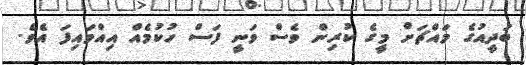
ބަދީއުގެ މައްޗަށް މީގެ ކުރިން ވެސް ވަނީ ފަސް ހުކުމެއް އިއްވައިފަ އެވެ.